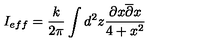
I _ { e f f } = \frac { k } { 2 \pi } \int d ^ { 2 } z \frac { \partial x \overline { { \partial } } x } { 4 + x ^ { 2 } }